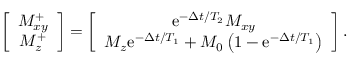
\begin{array} { r } { \left[ \begin{array} { c } { M _ { x y } ^ { + } } \\ { M _ { z } ^ { + } } \end{array} \right] = \left[ \begin{array} { c } { \mathrm { e } ^ { - \Delta t / T _ { 2 } } M _ { x y } } \\ { M _ { z } \mathrm { e } ^ { - \Delta t / T _ { 1 } } + M _ { 0 } \left( 1 - \mathrm { e } ^ { - \Delta t / T _ { 1 } } \right) } \end{array} \right] . } \end{array}